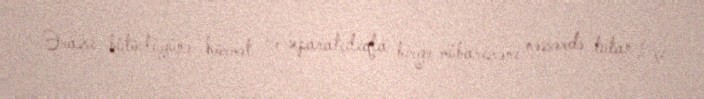
Ərazi bütövlüyünə hörmət və separatçılıqla birgə mübarizəni nəzərdə tutan 1-çi